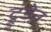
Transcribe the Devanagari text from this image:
ट्रुडेन